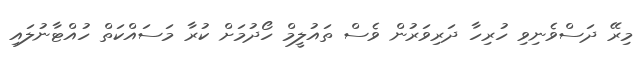
މިރޭ ދަސްވެނިވި ހުރިހާ ދަރިވަރުން ވެސް ތައުލީމް ހޯދުމަށް ކުރާ މަސައްކަތް ހުއްޓާނުލައި